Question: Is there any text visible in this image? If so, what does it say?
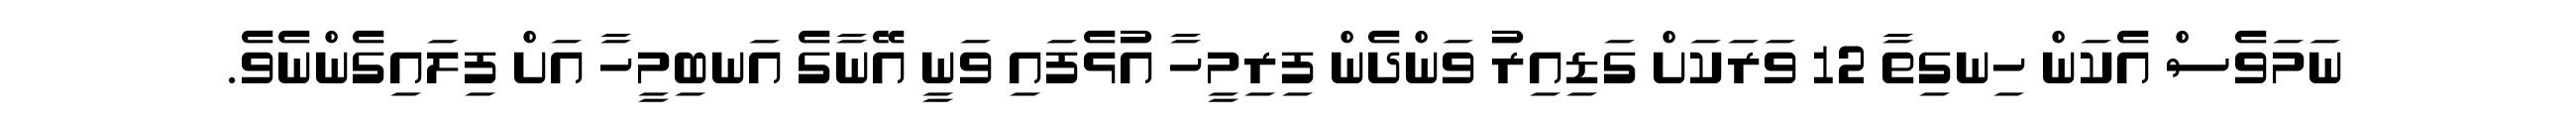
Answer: ނަމަވެސް އެކަން ހިނގިތާ 12 ވަރަކަށް ގަޑިއިރު ވަންދެން ފިރިމީހާ އުޅެފައި ވަނީ އޭނާގެ އަނބިމީހާ އަށް ފިލައިގެންނެވެ.